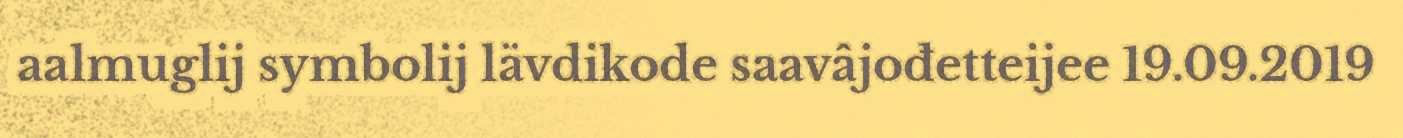
aalmuglij symbolij lävdikode saavâjođetteijee 19.09.2019